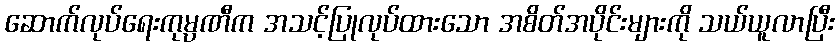
ဆောက်လုပ်ရေးကုမ္ပဏီက အသင့်ပြုလုပ်ထားသော အစိတ်အပိုင်းများကို သယ်ယူလာပြီး